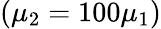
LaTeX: (\mu_{2}=100\mu_{1})